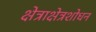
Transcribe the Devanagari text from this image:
क्षेत्राक्षेत्रशोधन